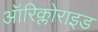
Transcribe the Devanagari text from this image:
ऑरिक्लोराइड